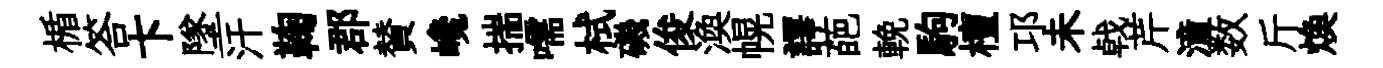
楯答卞墜汗鞠郡賛巉揣嚅栻磯俊渙幌譯葩輓駒檀邛未㦸芹潼数斤焕